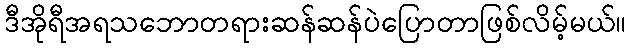
ဒီအိုရီအရသဘောတရားဆန်ဆန်ပဲပြောတာဖြစ်လိမ့်မယ်။